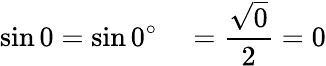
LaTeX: \sin 0=\sin 0^{\circ}\quad={\frac{\sqrt{0}}{2}}=0